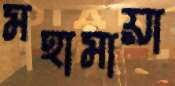
মহামায়া